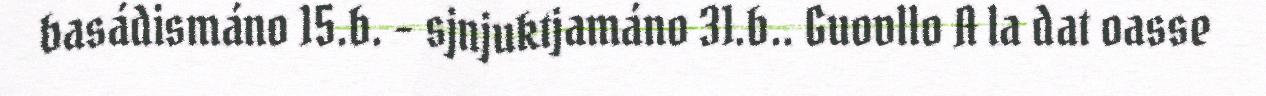
basádismáno 15.b. – sjnjuktjamáno 31.b.. Guovllo A la dat oasse